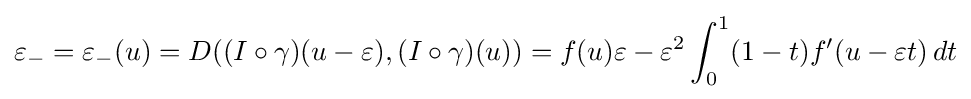
\varepsilon _{-}=\varepsilon _{-}(u)=D((I\circ \gamma )(u-\varepsilon ),(I\circ \gamma )(u))=f(u)\varepsilon -\varepsilon ^{2}\int _{0}^{1}(1-t)f'(u-\varepsilon t)\,dt